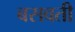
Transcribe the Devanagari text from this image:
बसवती